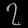
Digit: ၇